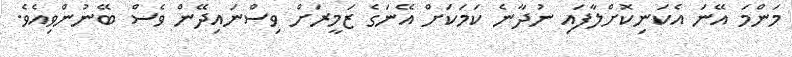
މަންމަ އޭނަ އެކަނިކޮށްލާފައި ނުދާނެ ކަމަކަށް އޭނަގެ ޒަމީރަށް ވިސްނައިދޭން ވެސް ބޭނުންވިއެވެ.